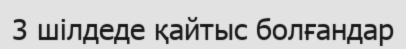
3 шілдеде қайтыс болғандар